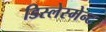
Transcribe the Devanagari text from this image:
डिस्लेस्मेन्ट